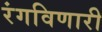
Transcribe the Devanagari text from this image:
रंगविणारी